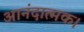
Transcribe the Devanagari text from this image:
आनंदात्मक।